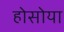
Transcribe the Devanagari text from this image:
होसोया